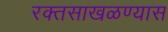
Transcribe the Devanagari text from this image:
रक्तसाखळण्यास